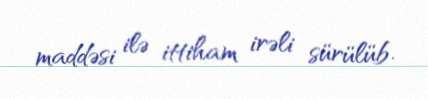
maddəsi ilə ittiham irəli sürülüb.